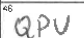
Transcription: QPU